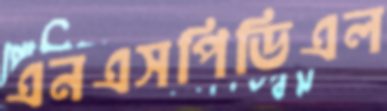
এনএসপিডিএল